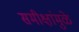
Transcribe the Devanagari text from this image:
समीक्षांमुळे